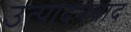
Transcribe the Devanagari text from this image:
उत्पादनवाद